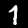
Label: 1